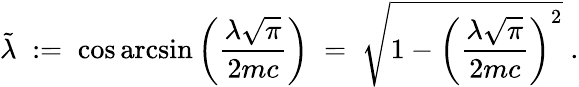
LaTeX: \tilde{\lambda}\; :=\; \cos\arcsin\left(\frac{\lambda\sqrt{\pi}}{2mc}\right)\; =\; \sqrt{1-\left(\frac{\lambda\sqrt{\pi}}{2mc}\right)^{2}}\; .